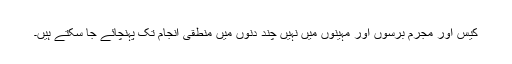
کیس اور مجرم برسوں اور مہینوں میں نہیں چند دنوں میں منطقی انجام تک پہنچائے جا سکتے ہیں۔